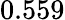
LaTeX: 0.559